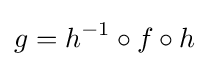
g=h^{-1}\circ f\circ h